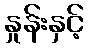
နှုန်းနှင့်